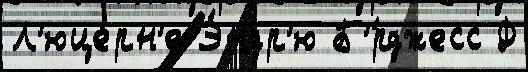
Л'юце́рн'е Э́ндр'ю Б'́рджесс Ф